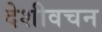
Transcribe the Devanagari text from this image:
देशीवचन